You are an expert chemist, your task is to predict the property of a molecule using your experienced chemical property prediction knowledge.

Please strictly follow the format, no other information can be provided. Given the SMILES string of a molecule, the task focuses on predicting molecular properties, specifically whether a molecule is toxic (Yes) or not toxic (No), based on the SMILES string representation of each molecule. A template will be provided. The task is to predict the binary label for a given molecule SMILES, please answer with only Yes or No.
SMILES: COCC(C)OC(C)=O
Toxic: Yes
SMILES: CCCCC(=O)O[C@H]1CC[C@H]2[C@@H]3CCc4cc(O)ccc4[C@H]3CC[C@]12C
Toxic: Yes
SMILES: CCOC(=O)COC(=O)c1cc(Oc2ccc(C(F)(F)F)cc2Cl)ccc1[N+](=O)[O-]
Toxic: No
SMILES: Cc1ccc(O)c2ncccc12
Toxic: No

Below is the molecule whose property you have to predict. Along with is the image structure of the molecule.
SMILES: CCOCCOCCOCCO
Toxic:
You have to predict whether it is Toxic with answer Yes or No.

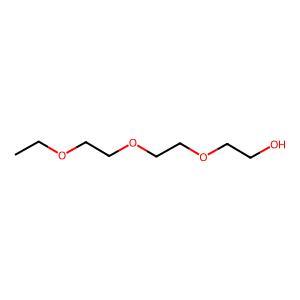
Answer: No